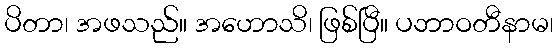
ပိတာ၊ အဖသည်။ အဟောသိ၊ ဖြစ်ပြီ။ ပဘာဝတီနာမ၊